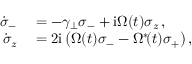
\begin{array} { r l } { \dot { \sigma } _ { - } } & { { } = - \gamma _ { \perp } \sigma _ { - } + \mathrm { i } \Omega ( t ) \sigma _ { z } \, , } \\ { \dot { \sigma } _ { z } } & { { } = 2 \mathrm { i } \left( \Omega ( t ) \sigma _ { - } - \Omega ^ { \ast } \! ( t ) \sigma _ { + } \right) , } \end{array}